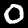
Digit: 0